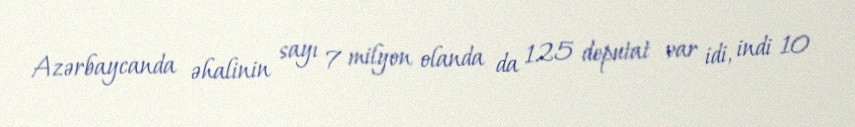
Azərbaycanda əhalinin sayı 7 milyon olanda da 125 deputat var idi, indi 10